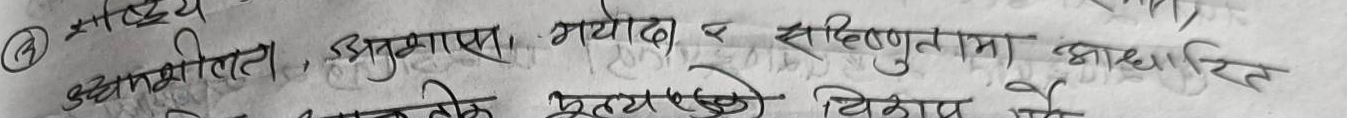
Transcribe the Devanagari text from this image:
उद्देश्यमूलित, अनुभवमा, सहयोग र सहिष्णुतामा आधारित